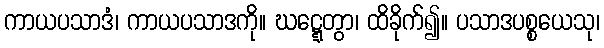
ကာယပသာဒံ၊ ကာယပသာဒကို။ ဃဋ္ဋေတွာ၊ ထိခိုက်၍။ ပသာဒပစ္စယေသု၊